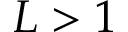
L > 1